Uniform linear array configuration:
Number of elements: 64
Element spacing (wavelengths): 0.75
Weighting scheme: blackman
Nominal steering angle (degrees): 15
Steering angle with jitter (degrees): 16.625
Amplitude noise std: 0.05
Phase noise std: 0.05

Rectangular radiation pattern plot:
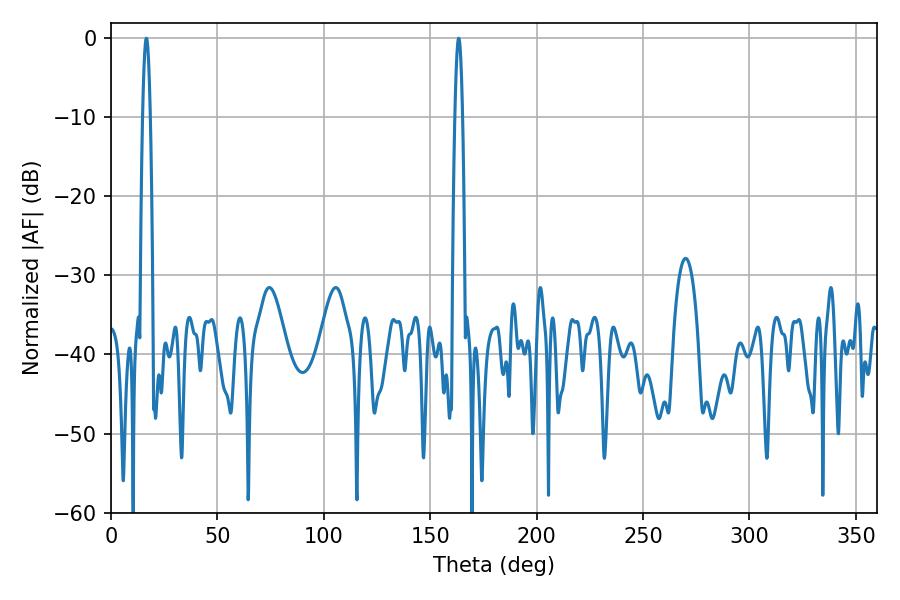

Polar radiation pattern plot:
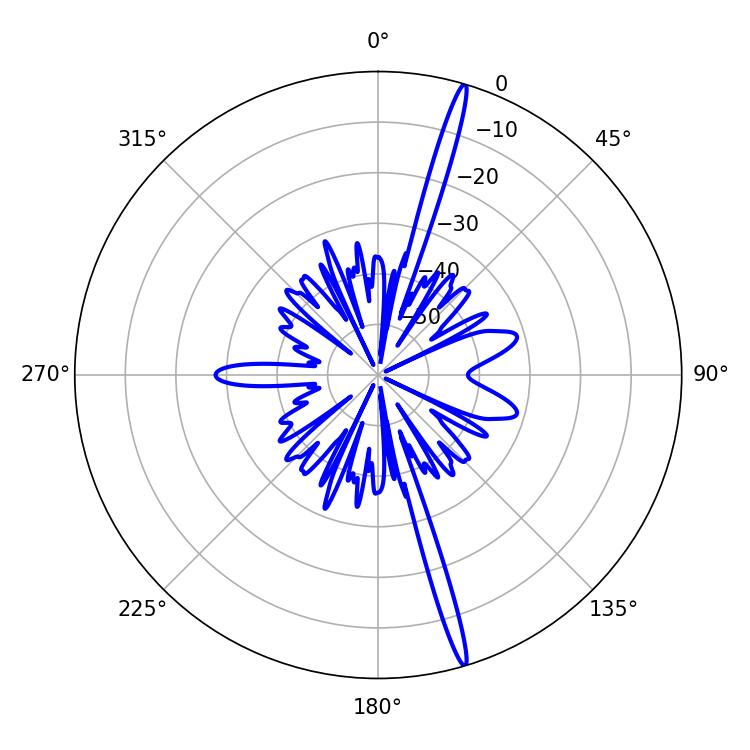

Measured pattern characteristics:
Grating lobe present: TRUE
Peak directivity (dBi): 19.636
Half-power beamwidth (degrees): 1.98
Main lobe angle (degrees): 16.56